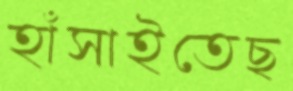
হাঁসাইতেছ